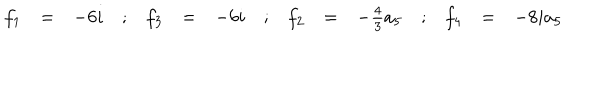
\begin{array} { r c l c r c l c r c l c r c l } { { f _ { 1 } } } & { { = } } & { { - 6 i } } & { { ; } } & { { f _ { 3 } } } & { { = } } & { { - 6 i } } & { { ; } } & { { f _ { 2 } } } & { { = } } & { { - \frac { 4 } { 3 } a _ { 5 } } } & { { ; } } & { { f _ { 4 } } } & { { = } } & { { - 8 i a _ { 5 } } } \\ \end{array}